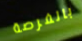
بالفرصة